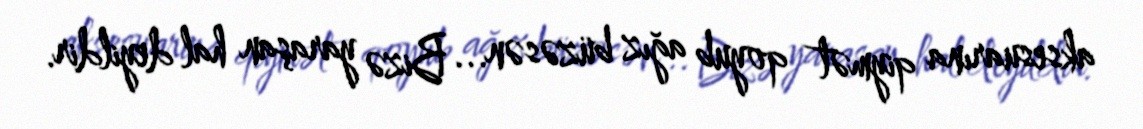
aksesuarına qiymət qoyub ağız büzəsən... Bizə yaraşan hal deyildir.